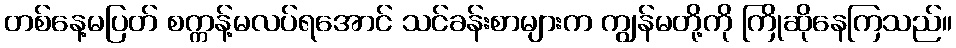
တစ်နေ့မပြတ် စက္ကန့်မလပ်ရအောင် သင်ခန်းစာများက ကျွန်မတို့ကို ကြိုဆိုနေကြသည်။